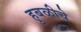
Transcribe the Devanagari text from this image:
हुबळीचे